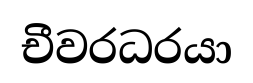
චීවරධරයා